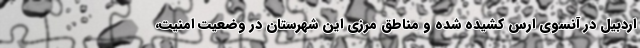
اردبیل در آنسوی ارس کشیده شده و مناطق مرزی این شهرستان در وضعیت امنیت،